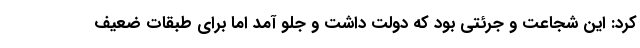
کرد: این شجاعت و جرئتی بود که دولت داشت و جلو آمد اما برای طبقات ضعیف